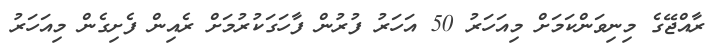
ރާއްޖޭގެ މިނިވަންކަމަށް މިއަހަރު 50 އަހަރު ފުރުން ފާހަގަކުރުމަށް ރެއިން ފެށިގެން މިއަހަރު